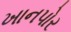
ખાનપોર